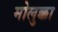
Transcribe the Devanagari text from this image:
मोलुक्का